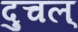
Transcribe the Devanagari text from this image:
दुचल्